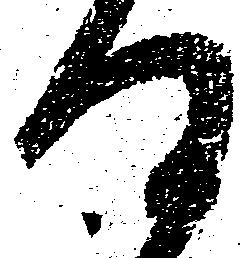
及